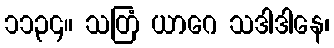
၁၁၃၄။ သတြံ ယာဂေ သဒါဒါနေ၊